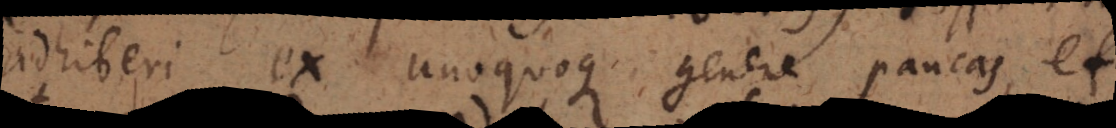
adhiberi ex unoquoque genere paucas, et